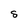
Character: S